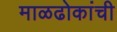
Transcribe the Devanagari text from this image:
माळढोकांची